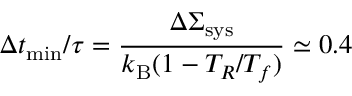
\Delta t _ { \mathrm { m i n } } / \tau = \frac { \Delta \Sigma _ { \mathrm { s y s } } } { k _ { \mathrm { B } } ( 1 - T _ { R } / T _ { f } ) } \simeq 0 . 4